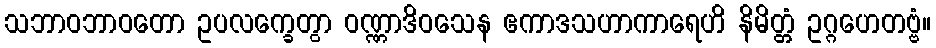
သဘာဝဘာဝတော ဥပလက္ခေတွာ ဝဏ္ဏာဒိဝသေန ဧကာဒသဟာကာရေဟိ နိမိတ္တံ ဥဂ္ဂဟေတဗ္ဗံ။